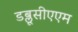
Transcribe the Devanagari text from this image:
डब्लूसीएएम